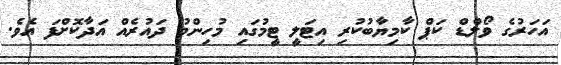
އަހަރުގެ ވޯލްޑް ކަޕް ކާމިޔާބުކުރި އިޓަލީ ޓީމުގައި މުހިންމު ދައުރެއް އަދާކޮށްފަ އެވެ.